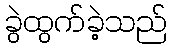
ခွဲထွက်ခဲ့သည်